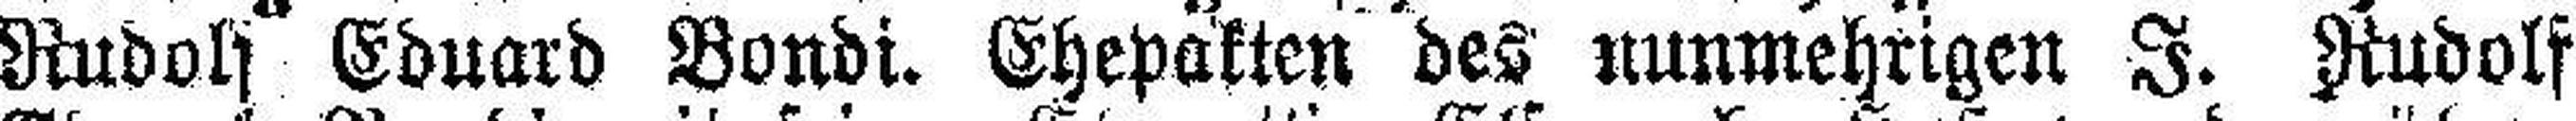
Rudols Eduard Bondi. Ehepakten des nunmehrigen I. Rudolf